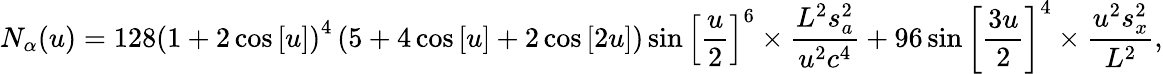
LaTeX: {N_{\alpha}}(u)=128{\left({1+2\cos\left[u\right]}\right)^{4}}\left({5+4\cos\left[u\right]+2\cos\left[{2u}\right]}\right)\sin{\left[{\frac{u}{2}}\right]^{6}}\times\frac{{{L^{2}}s_{a}^{2}}}{{{u^{2}}{c^{4}}}}+96\sin{\left[{\frac{{3u}}{2}}\right]^{4}}\times\frac{{{u^{2}}s_{x}^{2}}}{{{L^{2}}}},